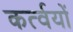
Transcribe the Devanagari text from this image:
कर्त्वयों